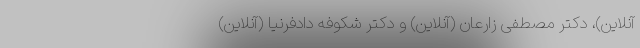
آنلاین)، دکتر مصطفی زارعان (آنلاین) و دکتر شکوفه دادفرنیا (آنلاین)